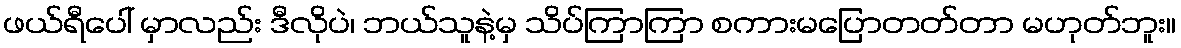
ဖယ်ရီပေါ် မှာလည်း ဒီလိုပဲ၊ ဘယ်သူနဲ့မှ သိပ်ကြာကြာ စကားမပြောတတ်တာ မဟုတ်ဘူး။